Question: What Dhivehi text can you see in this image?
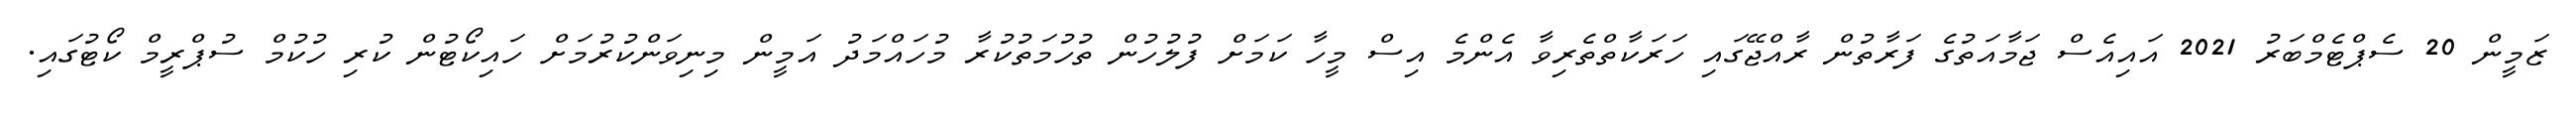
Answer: ޒަމީން 20 ސެޕްޓެމްބަރު 2021 އައިއެސް ޖަމާއަތުގެ ފަރާތުން ރާއްޖޭގައި ހަރަކާތްތެރިވާ އެންމެ އިސް މީހާ ކަމަށް ފުލުހުން ތުހުމަތުކުރާ މުހައްމަދު އަމީން މިނިވަންކުރުމަށް ހައިކޯޓުން ކުރި ހުކުމް ސުޕްރީމް ކޯޓުގައި.